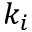
k _ { i }